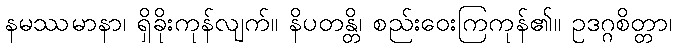
နမဿမာနာ၊ ရှိခိုးကုန်လျက်။ နိပတန္တိ၊ စည်းဝေးကြကုန်၏။ ဥဒဂ္ဂစိတ္တာ၊